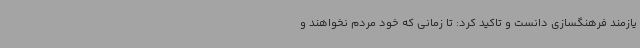
یازمند فرهنگسازی دانست و تاکید کرد: تا زمانی که خود مردم نخواهند و